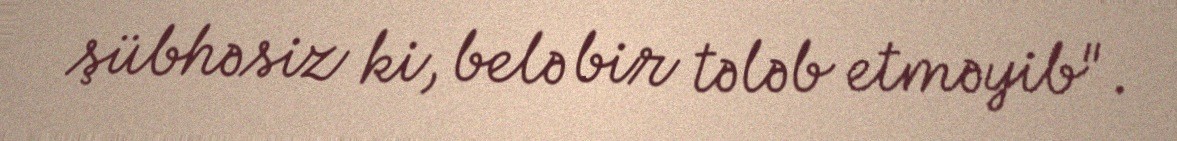
şübhəsiz ki, belə bir tələb etməyib".